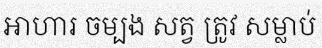
អាហារ ចម្បង សត្វ ត្រូវ សម្លាប់